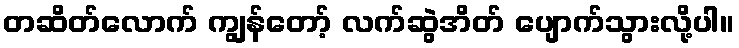
တဆိတ်လောက် ကျွန်တော့် လက်ဆွဲအိတ် ပျောက်သွားလို့ပါ။